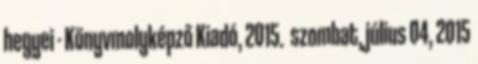
hegyei - Könyvmolyképző Kiadó, 2015. szombat, július 04, 2015